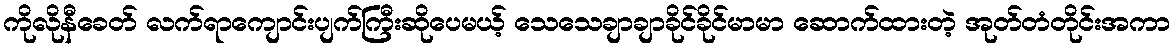
ကိုလိုနီခေတ် လက်ရာကျောင်းပျက်ကြီးဆိုပေမယ့် သေသေချာချာခိုင်ခိုင်မာမာ ဆောက်ထားတဲ့ အုတ်တံတိုင်းအကာ